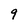
Character: 9